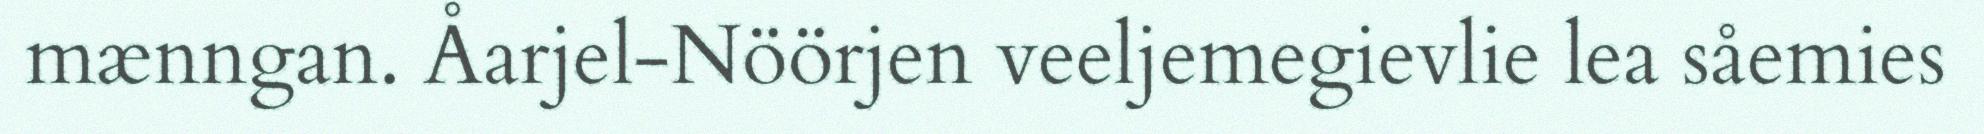
mænngan. Åarjel-Nöörjen veeljemegievlie lea såemies